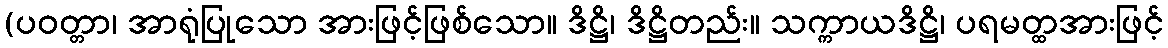
(ပဝတ္တာ၊ အာရုံပြုသော အားဖြင့်ဖြစ်သော။ ဒိဋ္ဌိ၊ ဒိဋ္ဌိတည်း။ သက္ကာယဒိဋ္ဌိ၊ ပရမတ္ထအားဖြင့်